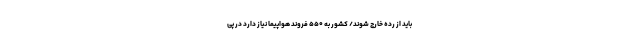
باید از رده خارج شوند/ کشور به ۵۵۰ فروند هواپیما نیاز دارد در پی